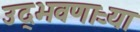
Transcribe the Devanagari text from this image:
उद्‌भवणाऱ्या